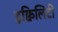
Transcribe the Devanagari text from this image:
इक्विलिटी